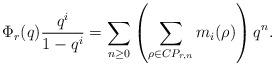
LaTeX: \begin{align*}\Phi_{r}(q)\frac{q^i}{1-q^i}=\sum_{n\geq 0} \left(\sum_{\rho \in CP_{r,n}}m_{i}(\rho) \right)q^n.\end{align*}